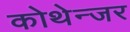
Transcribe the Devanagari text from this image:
कोथेन्जर